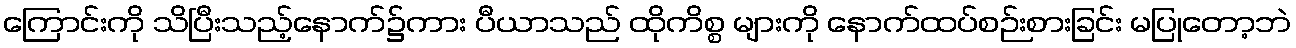
ကြောင်းကို သိပြီးသည့်နောက်၌ကား ပီယာသည် ထိုကိစ္စ များကို နောက်ထပ်စဉ်းစားခြင်း မပြုတော့ဘဲ